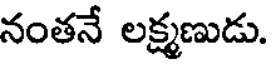
నంతనే లక్ష్మణుడు.